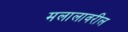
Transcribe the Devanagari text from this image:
मलालावरील